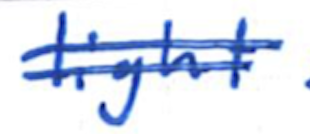
Text: light
Cross-out: double-line
Writing tool: ballpoint